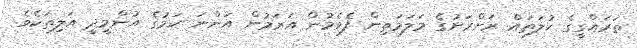
ތަރައްގީގެ ކުލަތައް ރަށްރަށުގެ މަލަމަތިން ފެވެމުން އަރަމުން އަންނަ ކަމުގެ އުންމީދީ އަލިތަކެވެ.